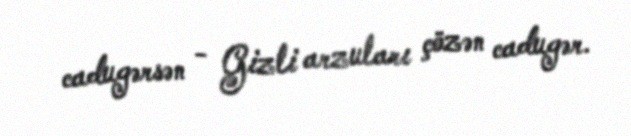
cadugərsən - Gizli arzuları çözən cadugər.